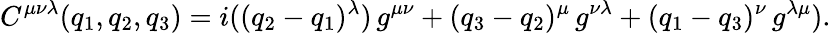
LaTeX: C^{\mu\nu\lambda}(q_{1},q_{2},q_{3})=i((q_{2}-q_{1})^{\lambda})\, g^{\mu\nu}+(q_{3}-q_{2})^{\mu}\, g^{\nu\lambda}+(q_{1}-q_{3})^{\nu}\, g^{\lambda\mu}).